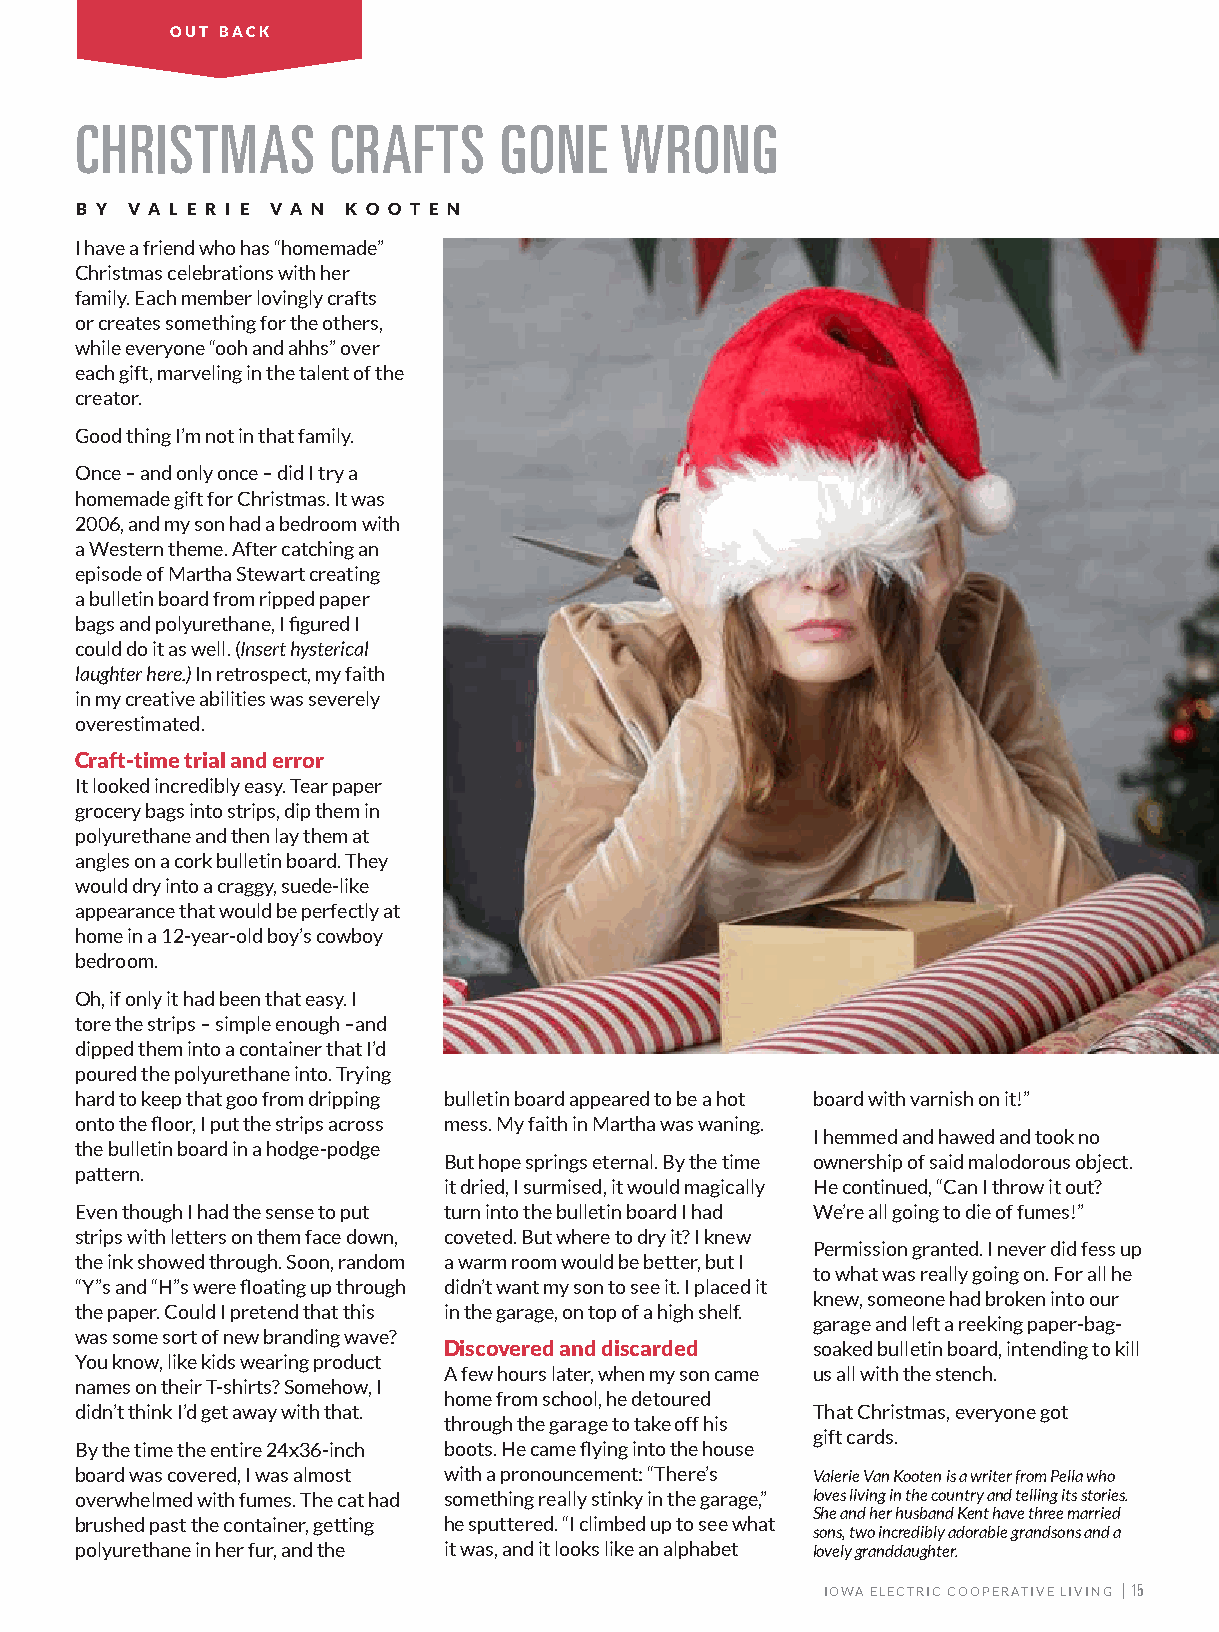
OUT BACK
 CHRISTMAS        CRAFTS     GONE    WRONG
 B Y V A L E R I E V A N K O O T E N
 I have a friend who has “homemade”
 Christmas celebrations with her
 family. Each member lovingly crafts
 or creates something for the others,
 while everyone “ooh and ahhs” over
 each gift, marveling in the talent of the
 creator.
 Good thing I’m not in that family.
 Once – and only once – did I try a
 homemade gift for Christmas. It was
 2006, and my son had a bedroom with
 a Western theme. After catching an
 episode of Martha Stewart creating
 a bulletin board from ripped paper
 bags and polyurethane, I figured I
 could do it as well. (Insert hysterical
 laughter here.) In retrospect, my faith
 in my creative abilities was severely
 overestimated.
 Craft-time trial and error
 It looked incredibly easy. Tear paper
 grocery bags into strips, dip them in
 polyurethane and then lay them at
 angles on a cork bulletin board. They
 would dry into a craggy, suede-like
 appearance that would be perfectly at
 home in a 12-year-old boy’s cowboy
 bedroom.
 Oh, if only it had been that easy. I
 tore the strips – simple enough –and
 dipped them into a container that I’d
 poured the polyurethane into. Trying
 hard to keep that goo from dripping bulletin board appeared to be a hot board with varnish on it!”
 onto the floor, I put the strips across mess. My faith in Martha was waning.
 I hemmed and hawed and took no
 the bulletin board in a hodge-podge
 But hope springs eternal. By the time ownership of said malodorous object.
 pattern.
 it dried, I surmised, it would magically He continued, “Can I throw it out?
 Even though I had the sense to put turn into the bulletin board I had We’re all going to die of fumes!”
 strips with letters on them face down, coveted. But where to dry it? I knew
 Permission granted. I never did fess up
 the ink showed through. Soon, random a warm room would be better, but I
 to what was really going on. For all he
 “Y”s and “H”s were floating up through didn’t want my son to see it. I placed it
 knew, someone had broken into our
 the paper. Could I pretend that this in the garage, on top of a high shelf.
 garage and left a reeking paper-bag-
 was some sort of new branding wave?
 Discovered and discarded soaked bulletin board, intending to kill
 You know, like kids wearing product
 A few hours later, when my son came us all with the stench.
 names on their T-shirts? Somehow, I
 home from school, he detoured
 didn’t think I’d get away with that.             That Christmas, everyone got
 through the garage to take off his
 gift cards.
 By the time the entire 24x36-inch boots. He came flying into the house
 board was covered, I was almost with a pronouncement: “There’s Valerie Van Kooten is a writer from Pella who
 overwhelmed with fumes. The cat had something really stinky in the garage,” loves living in the country and telling its stories.
 She and her husband Kent have three married
 brushed past the container, getting he sputtered. “I climbed up to see what
 sons, two incredibly adorable grandsons and a
 polyurethane in her fur, and the it was, and it looks like an alphabet lovely granddaughter.
 IOWA ELECTRIC COOPERATIVE LIVING | 15